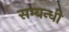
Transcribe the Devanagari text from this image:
सम्‍बन्‍धी